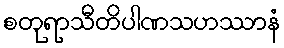
စတုရာသီတိပါဏသဟဿာနံ